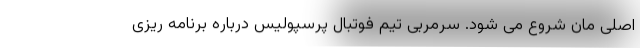
اصلی مان شروع می شود. سرمربی تیم فوتبال پرسپولیس درباره برنامه ریزی